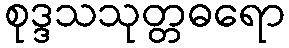
စုဒ္ဒသသုတ္တဓရော